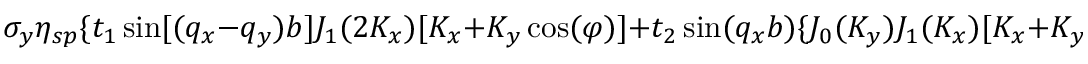
\sigma _ { y } \eta _ { s p } \{ t _ { 1 } \sin [ ( q _ { x } - q _ { y } ) b ] J _ { 1 } ( 2 K _ { x } ) [ K _ { x } + K _ { y } \cos ( \varphi ) ] + t _ { 2 } \sin ( q _ { x } b ) \{ J _ { 0 } ( K _ { y } ) J _ { 1 } ( K _ { x } ) [ K _ { x } + K _ { y } \cos ( \varphi ) ] -